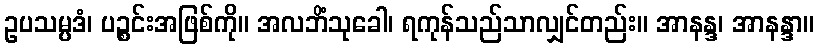
ဥပသမ္ပဒံ၊ ပဉ္စင်းအဖြစ်ကို။ အလဘိံသုခေါ၊ ရကုန်သည်သာလျှင်တည်း။ အာနန္ဒ၊ အာနန္ဒာ။